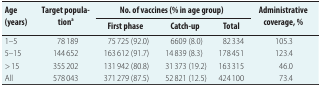
<table><thead><tr><td rowspan="2"><b>Age (years)</b></td><td rowspan="2"><b>Target population<sup>a</sup></b></td><td colspan="3"><b>No. of vaccines (% in age group)</b></td><td rowspan="2"><b>Administrative coverage, %</b></td></tr><tr><td><b>First phase</b></td><td><b>Catch-up</b></td><td><b>Total</b></td></tr></thead><tbody><tr><td>1–5</td><td>78 189</td><td>75 725 (92.0)</td><td>6609 (8.0)</td><td>82 334</td><td>105.3</td></tr><tr><td>5–15</td><td>144 652</td><td>163 612 (91.7)</td><td>14 839 (8.3)</td><td>178 451</td><td>123.4</td></tr><tr><td>&gt; 15</td><td>355 202</td><td>131 942 (80.8)</td><td>31 373 (19.2)</td><td>163 315</td><td>46.0</td></tr><tr><td>All</td><td>578 043</td><td>371 279 (87.5)</td><td>52 821 (12.5)</td><td>424 100</td><td>73.4</td></tr></tbody></table>